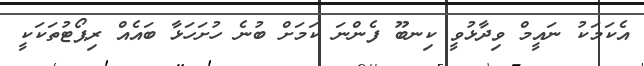
އެކަމަކު ނައީމް ވިދާޅުވީ ކިނބޫ ފެންނަ ކަމަށް ބުނެ ހުށަހަޅާ ބައެއް ރިޕޯޓުތަކަކީ